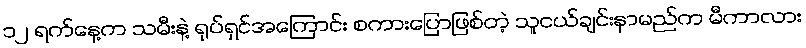
၁၂ ရက်နေ့က သမီးနဲ့ ရုပ်ရှင်အကြောင်း စကားပြောဖြစ်တဲ့ သူငယ်ချင်းနာမည်က မီကာလား